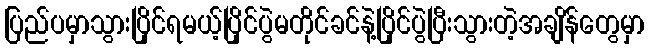
ပြည်ပမှာသွားပြိုင်ရမယ့်ပြိုင်ပွဲမတိုင်ခင်နဲ့ပြိုင်ပွဲပြီးသွားတဲ့အချိန်တွေမှာ